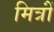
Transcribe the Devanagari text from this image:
मित्रोंं